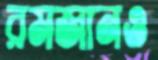
রমজানও